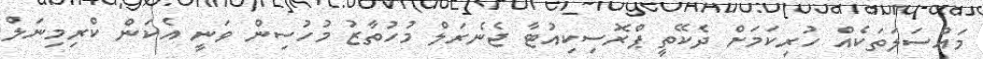
މައްސަލަތަކެއް ހުރިކަމަށް ދެކޭތީ ޕްރޮސިކިއުޓާ ޖެނެރަލް މުހުތާޒު މުހުސިން ވަނީ އެކަން ކްރިމިނަލް